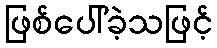
ဖြစ်ပေါ်ခဲ့သဖြင့်